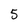
Character: 5